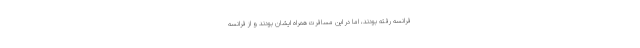
فرانسه رفته بودند، اما در این مسافرت همراه ایشان بودند و از فرانسه